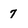
Character: 7